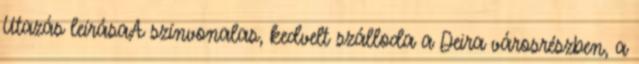
Utazás leírásaA színvonalas, kedvelt szálloda a Deira városrészben, a